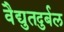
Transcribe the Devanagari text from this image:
वैद्युतदुर्बल